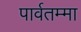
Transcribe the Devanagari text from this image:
पार्वतम्मा